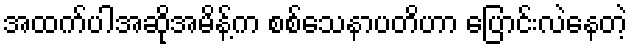
အထက်ပါအဆိုအမိန့်က စစ်သေနာပတိဟာ ပြောင်းလဲနေတဲ့